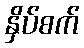
နှိပ်စက်